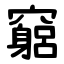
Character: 竆